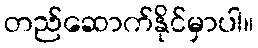
တည်ဆောက်နိုင်မှာပါ။